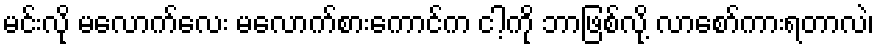
မင်းလို မလောက်လေး မလောက်စားကောင်က ငါ့ကို ဘာဖြစ်လို့ လာစော်ကားရတာလဲ၊